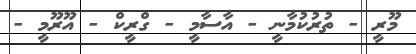
މޫރީ - ތުރުކުމާނީ - އާސާމީ - ގްރީކް - އޫރޫމީ -